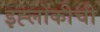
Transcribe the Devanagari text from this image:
इह्लोकीची